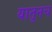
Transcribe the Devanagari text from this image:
यातूनच